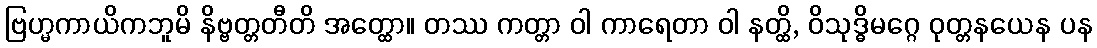
ဗြဟ္မကာယိကဘူမိ နိဗ္ဗတ္တတီတိ အတ္ထော။ တဿ ကတ္တာ ဝါ ကာရေတာ ဝါ နတ္ထိ, ဝိသုဒ္ဓိမဂ္ဂေ ဝုတ္တနယေန ပန